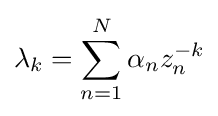
\lambda _{k}=\sum _{n=1}^{N}\alpha _{n}z_{n}^{-k}